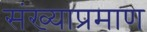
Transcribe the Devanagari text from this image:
संख्याप्रमाण